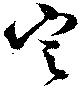
定